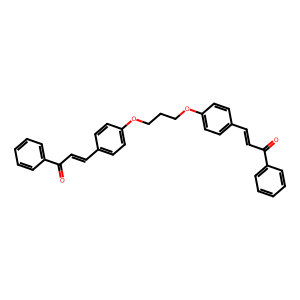
SMILES: O=C(C=Cc1ccc(OCCCOc2ccc(C=CC(=O)c3ccccc3)cc2)cc1)c1ccccc1
Inhibits HIV replication: No